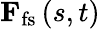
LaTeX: \textbf{F}_{\mathrm{fs}}\left(s,t\right)